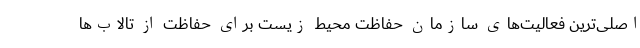
اصلی‌ترین فعالیت‌های سازمان حفاظت محیط زیست برای حفاظت از تالاب‌ها